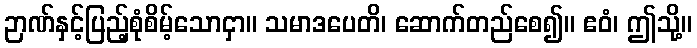
ဉာဏ်နှင့်ပြည့်စုံစိမ့်သောငှာ။ သမာဒပေတိ၊ ဆောက်တည်စေ၍။ ဧဝံ၊ ဤသို့။